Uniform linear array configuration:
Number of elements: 64
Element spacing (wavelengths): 0.25
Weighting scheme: exponential
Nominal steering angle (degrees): -60
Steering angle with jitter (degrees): -59.801
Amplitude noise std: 0.05
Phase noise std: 0.05

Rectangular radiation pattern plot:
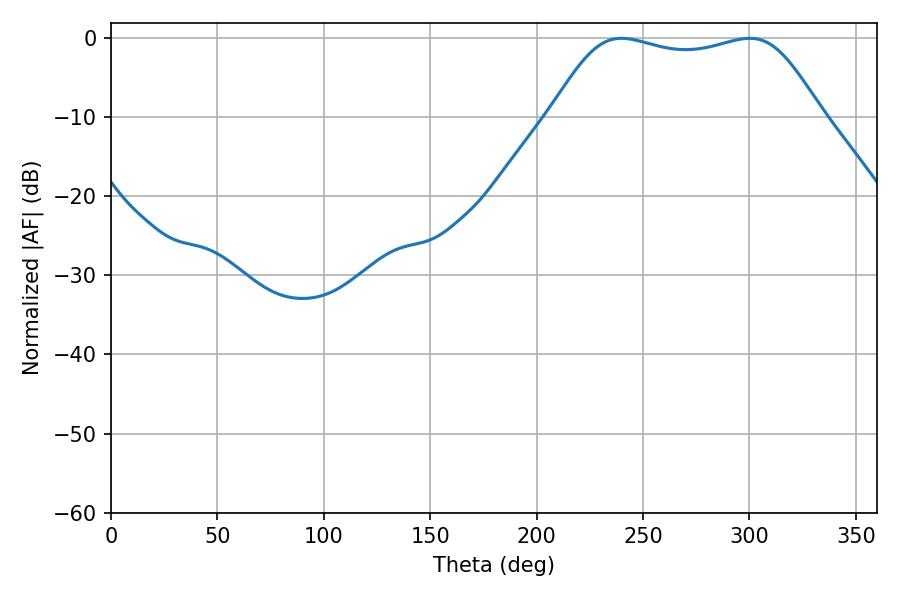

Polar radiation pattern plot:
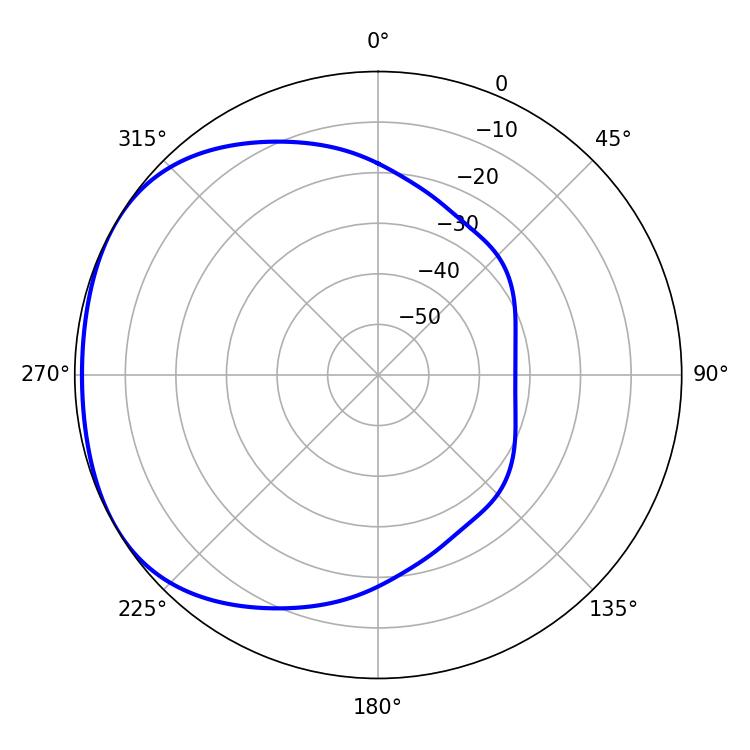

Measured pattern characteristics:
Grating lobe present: FALSE
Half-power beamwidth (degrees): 97.56
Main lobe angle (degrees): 239.94